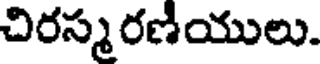
చిరస్మరణియులు.